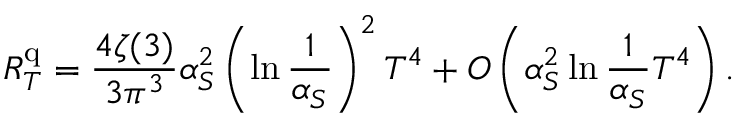
R _ { T } ^ { \mathrm { q } } = { \frac { 4 \zeta ( 3 ) } { 3 \pi ^ { 3 } } } \alpha _ { S } ^ { 2 } \left( \ln { \frac { 1 } { \alpha _ { S } } } \right) ^ { 2 } T ^ { 4 } + { \cal O } \left( \alpha _ { S } ^ { 2 } \ln { \frac { 1 } { \alpha _ { S } } } T ^ { 4 } \right) .